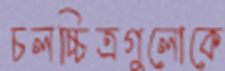
চলচ্চিত্রগুলোকে